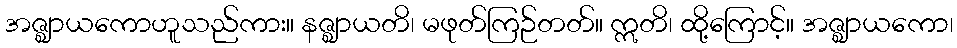
အဇ္ဈာယကောဟူသည်ကား။ နဇ္ဈာယတိ၊ မဖုတ်ကြဉ်တတ်။ ဣတိ၊ ထို့ကြောင့်။ အဇ္ဈာယကော၊